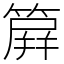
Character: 簈